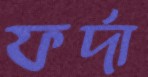
ফর্দা